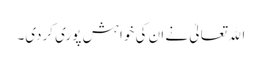
اﷲ تعالیٰ نے ان کی خواہش پوری کردی۔